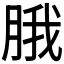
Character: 𬚾